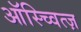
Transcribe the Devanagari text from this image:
ऑस्च्वित्ज़